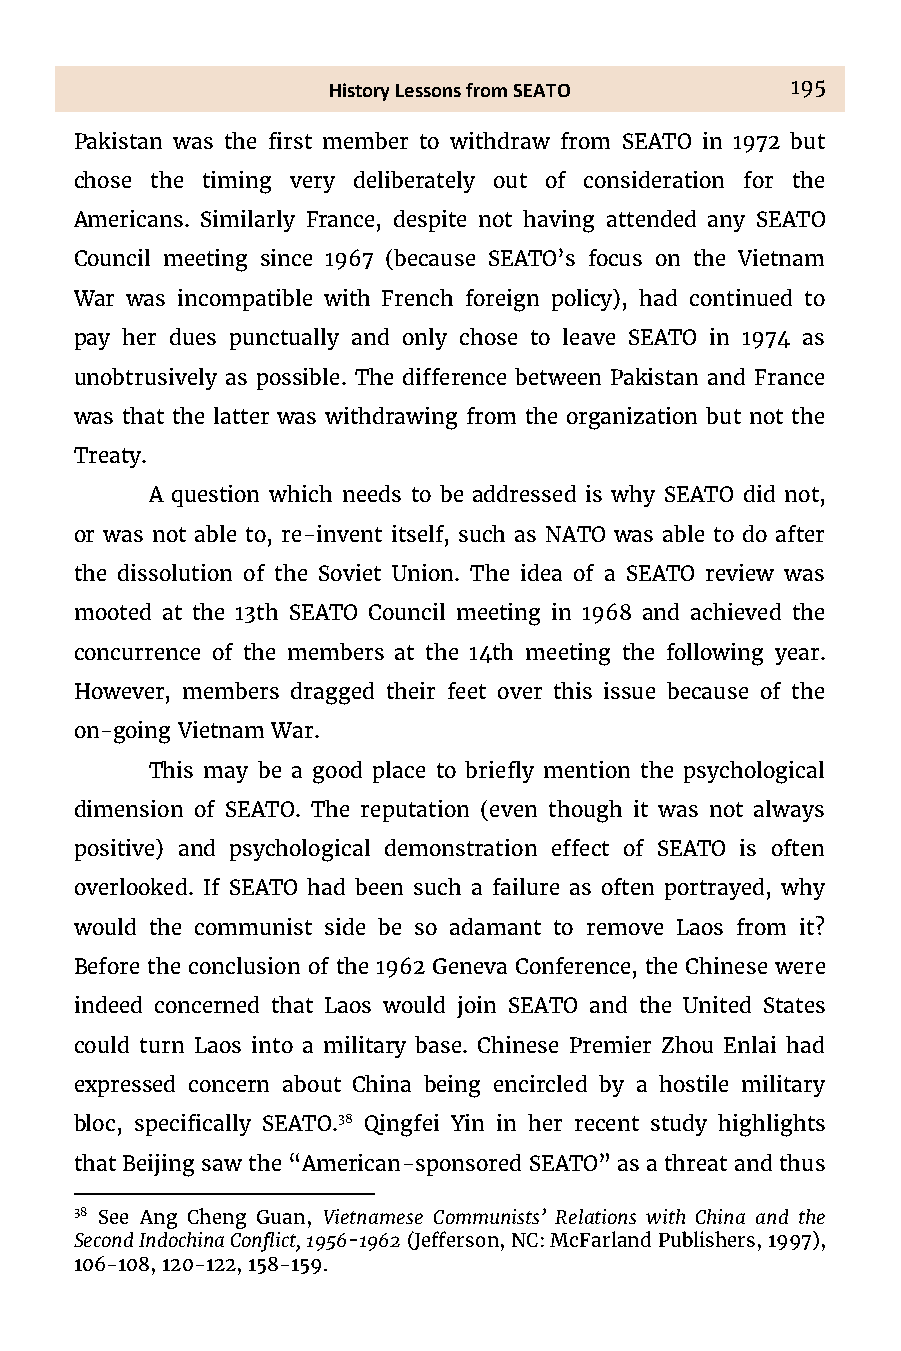
History Lessons from SEATO    195
 Pakistan was the first member to withdraw from SEATO in 1972 but
 chose the timing very deliberately out of consideration for the
 Americans. Similarly France, despite not having attended any SEATO
 Council meeting since 1967 (because SEATO’s focus on the Vietnam
 War was incompatible with French foreign policy), had continued to
 pay her dues punctually and only chose to leave SEATO in 1974 as
 unobtrusively as possible. The difference between Pakistan and France
 was that the latter was withdrawing from the organization but not the
 Treaty.
 A question which needs to be addressed is why SEATO did not,
 or was not able to, re-invent itself, such as NATO was able to do after
 the dissolution of the Soviet Union. The idea of a SEATO review was
 mooted at the 13th SEATO Council meeting in 1968 and achieved the
 concurrence of the members at the 14th meeting the following year.
 However, members dragged their feet over this issue because of the
 on-going Vietnam War.
 This may be a good place to briefly mention the psychological
 dimension of SEATO. The reputation (even though it was not always
 positive) and psychological demonstration effect of SEATO is often
 overlooked. If SEATO had been such a failure as often portrayed, why
 would the communist side be so adamant to remove Laos from it?
 Before the conclusion of the 1962 Geneva Conference, the Chinese were
 indeed concerned that Laos would join SEATO and the United States
 could turn Laos into a military base. Chinese Premier Zhou Enlai had
 expressed concern about China being encircled by a hostile military
 bloc, specifically SEATO.38 Qingfei Yin in her recent study highlights
 that Beijing saw the “American-sponsored SEATO” as a threat and thus
 38 See Ang Cheng Guan, Vietnamese Communists’ Relations vith China and the
 Second Indochina Conflict, 1956-1962 (Jefferson, NC: McFarland Publishers, 1997),
 106-108, 120-122, 158-159.